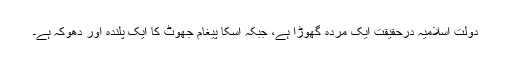
دولت اسلامیہ درحقیقت ایک مردہ گھوڑا ہے، جبکہ اسکا پیغام جھوٹ کا ایک پلندہ اور دھوکہ ہے۔